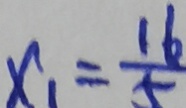
x _ { 1 } = \frac { 1 6 } { 5 }